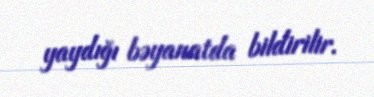
yaydığı bəyanatda bildirilir.